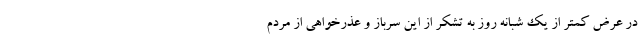
در عرض کمتر از یک شبانه روز به تشکر از این سرباز و عذرخواهی از مردم